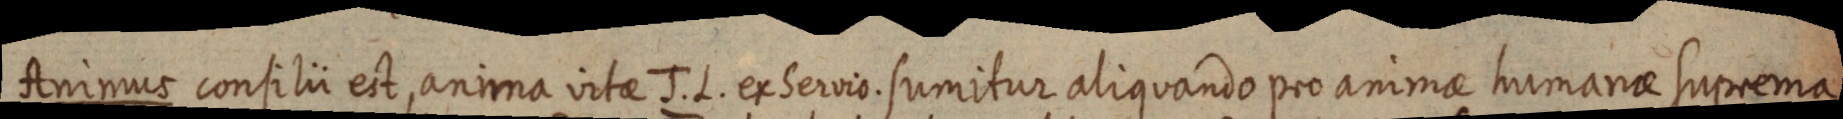
Animus consilii est, anima vitae J. L. ex Servio. sumitur aliquando pro animae humanae suprema